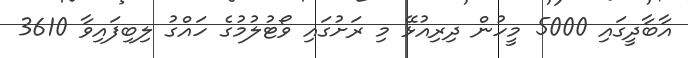
އާބާދީގައި 5000 މީހުން ދިރިއުޅޭ މި ރަށުގައި ވޯޓުލުމުގެ ހައްގު ލިބިފައިވާ 3610